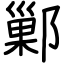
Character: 鄛